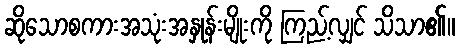
ဆိုသောစကားအသုံးအနှုန်းမျိုးကို ကြည့်လျှင် သိသာ၏။